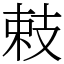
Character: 㩽